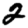
Digit: 2